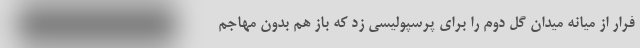
فرار از میانه میدان گل دوم را برای پرسپولیسی زد که باز هم بدون مهاجم